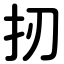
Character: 扨